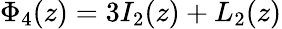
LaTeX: \Phi_{4}(z)=3I_{2}(z)+L_{2}(z)